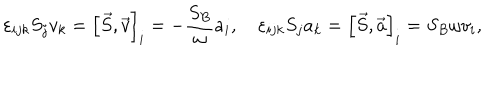
LaTeX: \varepsilon _ { i j k } S _ { j } v _ { k } = \left[ \vec { S } , \vec { v } \right] _ { i } = - \frac { S _ { B } } { \omega } a _ { i } , \quad \varepsilon _ { i j k } S _ { j } a _ { k } = \left[ \vec { S } , \vec { a } \right] _ { i } = { S _ { B } } { \omega } v _ { i } ,